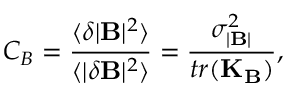
C _ { B } = \frac { \langle \delta | \mathbf { B } | ^ { 2 } \rangle } { \langle | \delta \mathbf { B } | ^ { 2 } \rangle } = \frac { \sigma _ { | \mathbf { B } | } ^ { 2 } } { t r ( \mathbf { K } _ { \mathbf { B } } ) } ,